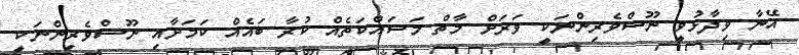
އޭނާ ވިދާޅުވީ ނޫސްވެރިންނަކީ ވަރަށް މާތް މަސައްކަތެއް ކުރާ ބައެއް ކަމަށާއި ނޫސްވެރިންނަކީ